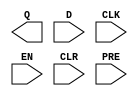
module dffepc (
  output Q,
  input D,
  input CLK,
  input EN,
  input CLR,
  input PRE
);

parameter INIT = 1'b0;

parameter _TECHMAP_CONSTMSK_CLR_ = 1'b0;
parameter _TECHMAP_CONSTMSK_PRE_ = 1'b0;
parameter _TECHMAP_CONSTVAL_CLR_ = 1'b0;
parameter _TECHMAP_CONSTVAL_PRE_ = 1'b0;

if (_TECHMAP_CONSTMSK_CLR_ != 1'b0 && _TECHMAP_CONSTMSK_PRE_ != 1'b0 && _TECHMAP_CONSTVAL_CLR_ == 1'b0 && _TECHMAP_CONSTVAL_PRE_ == 1'b0)
    $__PP3_DFFEPC_SYNCONLY _TECHMAP_REPLACE_ (.Q(Q), .D(D), .CLK(CLK), .EN(EN));
else
    wire _TECHMAP_FAIL_ = 1;

endmodule